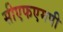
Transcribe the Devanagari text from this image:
सीएफएमपी